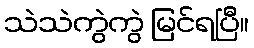
သဲသဲကွဲကွဲ မြင်ရပြီ။